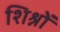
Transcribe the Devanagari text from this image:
शिश्नों